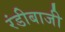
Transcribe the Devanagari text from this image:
रंडीबाजी